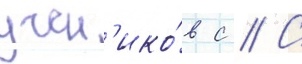
учен'ико́в с // С